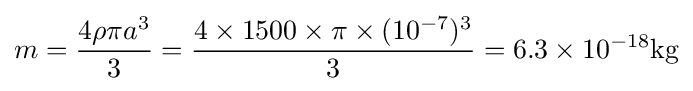
m={\frac {4\rho \pi a^{3}}{3}}={\frac {4\times 1500\times \pi \times (10^{-7})^{3}}{3}}=6.3\times 10^{-18}\mathrm {kg}